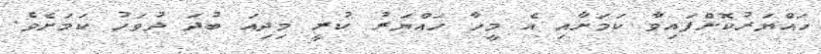
ހައްޔަރުކޮށްފައިވާ ކަމަށާއި އެ މީހާ ހައްޔަރު ކުރީ މިދިއަ ބުދަ ދުވަހު ކަމަށެވެ.